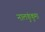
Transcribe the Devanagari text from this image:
नालकुंकुमा